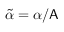
\widetilde { \alpha } = \alpha / \mathsf { A }